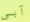
آبى